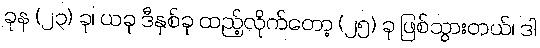
ခုန (၂၃) ခု၊ ယခု ဒီနှစ်ခု ထည့်လိုက်တော့ (၂၅) ခု ဖြစ်သွားတယ်၊ ဒါ